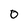
Character: 0